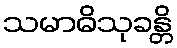
သမာဓိသုခန္တိ